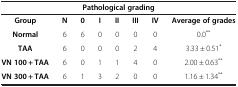
<table><thead><tr><td colspan="8"><b>Pathological grading</b></td></tr></thead><tbody><tr><td><b>Group</b></td><td><b>N</b></td><td><b>0</b></td><td><b>I</b></td><td><b>II</b></td><td><b>III</b></td><td><b>IV</b></td><td><b>Average of grades</b></td></tr><tr><td><b>Normal</b></td><td>6</td><td>6</td><td>0</td><td>0</td><td>0</td><td>0</td><td>0.0<sup>**</sup></td></tr><tr><td><b>TAA</b></td><td>6</td><td>0</td><td>0</td><td>0</td><td>2</td><td>4</td><td>3.33 ± 0.51<sup>*</sup></td></tr><tr><td><b>VN 100 + TAA</b></td><td>6</td><td>0</td><td>1</td><td>1</td><td>4</td><td>0</td><td>2.00 ± 0.63<sup>**</sup></td></tr><tr><td><b>VN 300 + TAA</b></td><td>6</td><td>1</td><td>3</td><td>2</td><td>0</td><td>0</td><td>1.16 ± 1.34<sup>**</sup></td></tr></tbody></table>